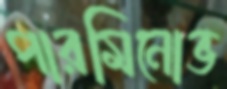
পারমিনোভ